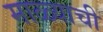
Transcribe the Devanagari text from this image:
माळ्याची